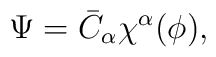
\Psi=\bar{C}_\alpha \chi^\alpha (\phi),